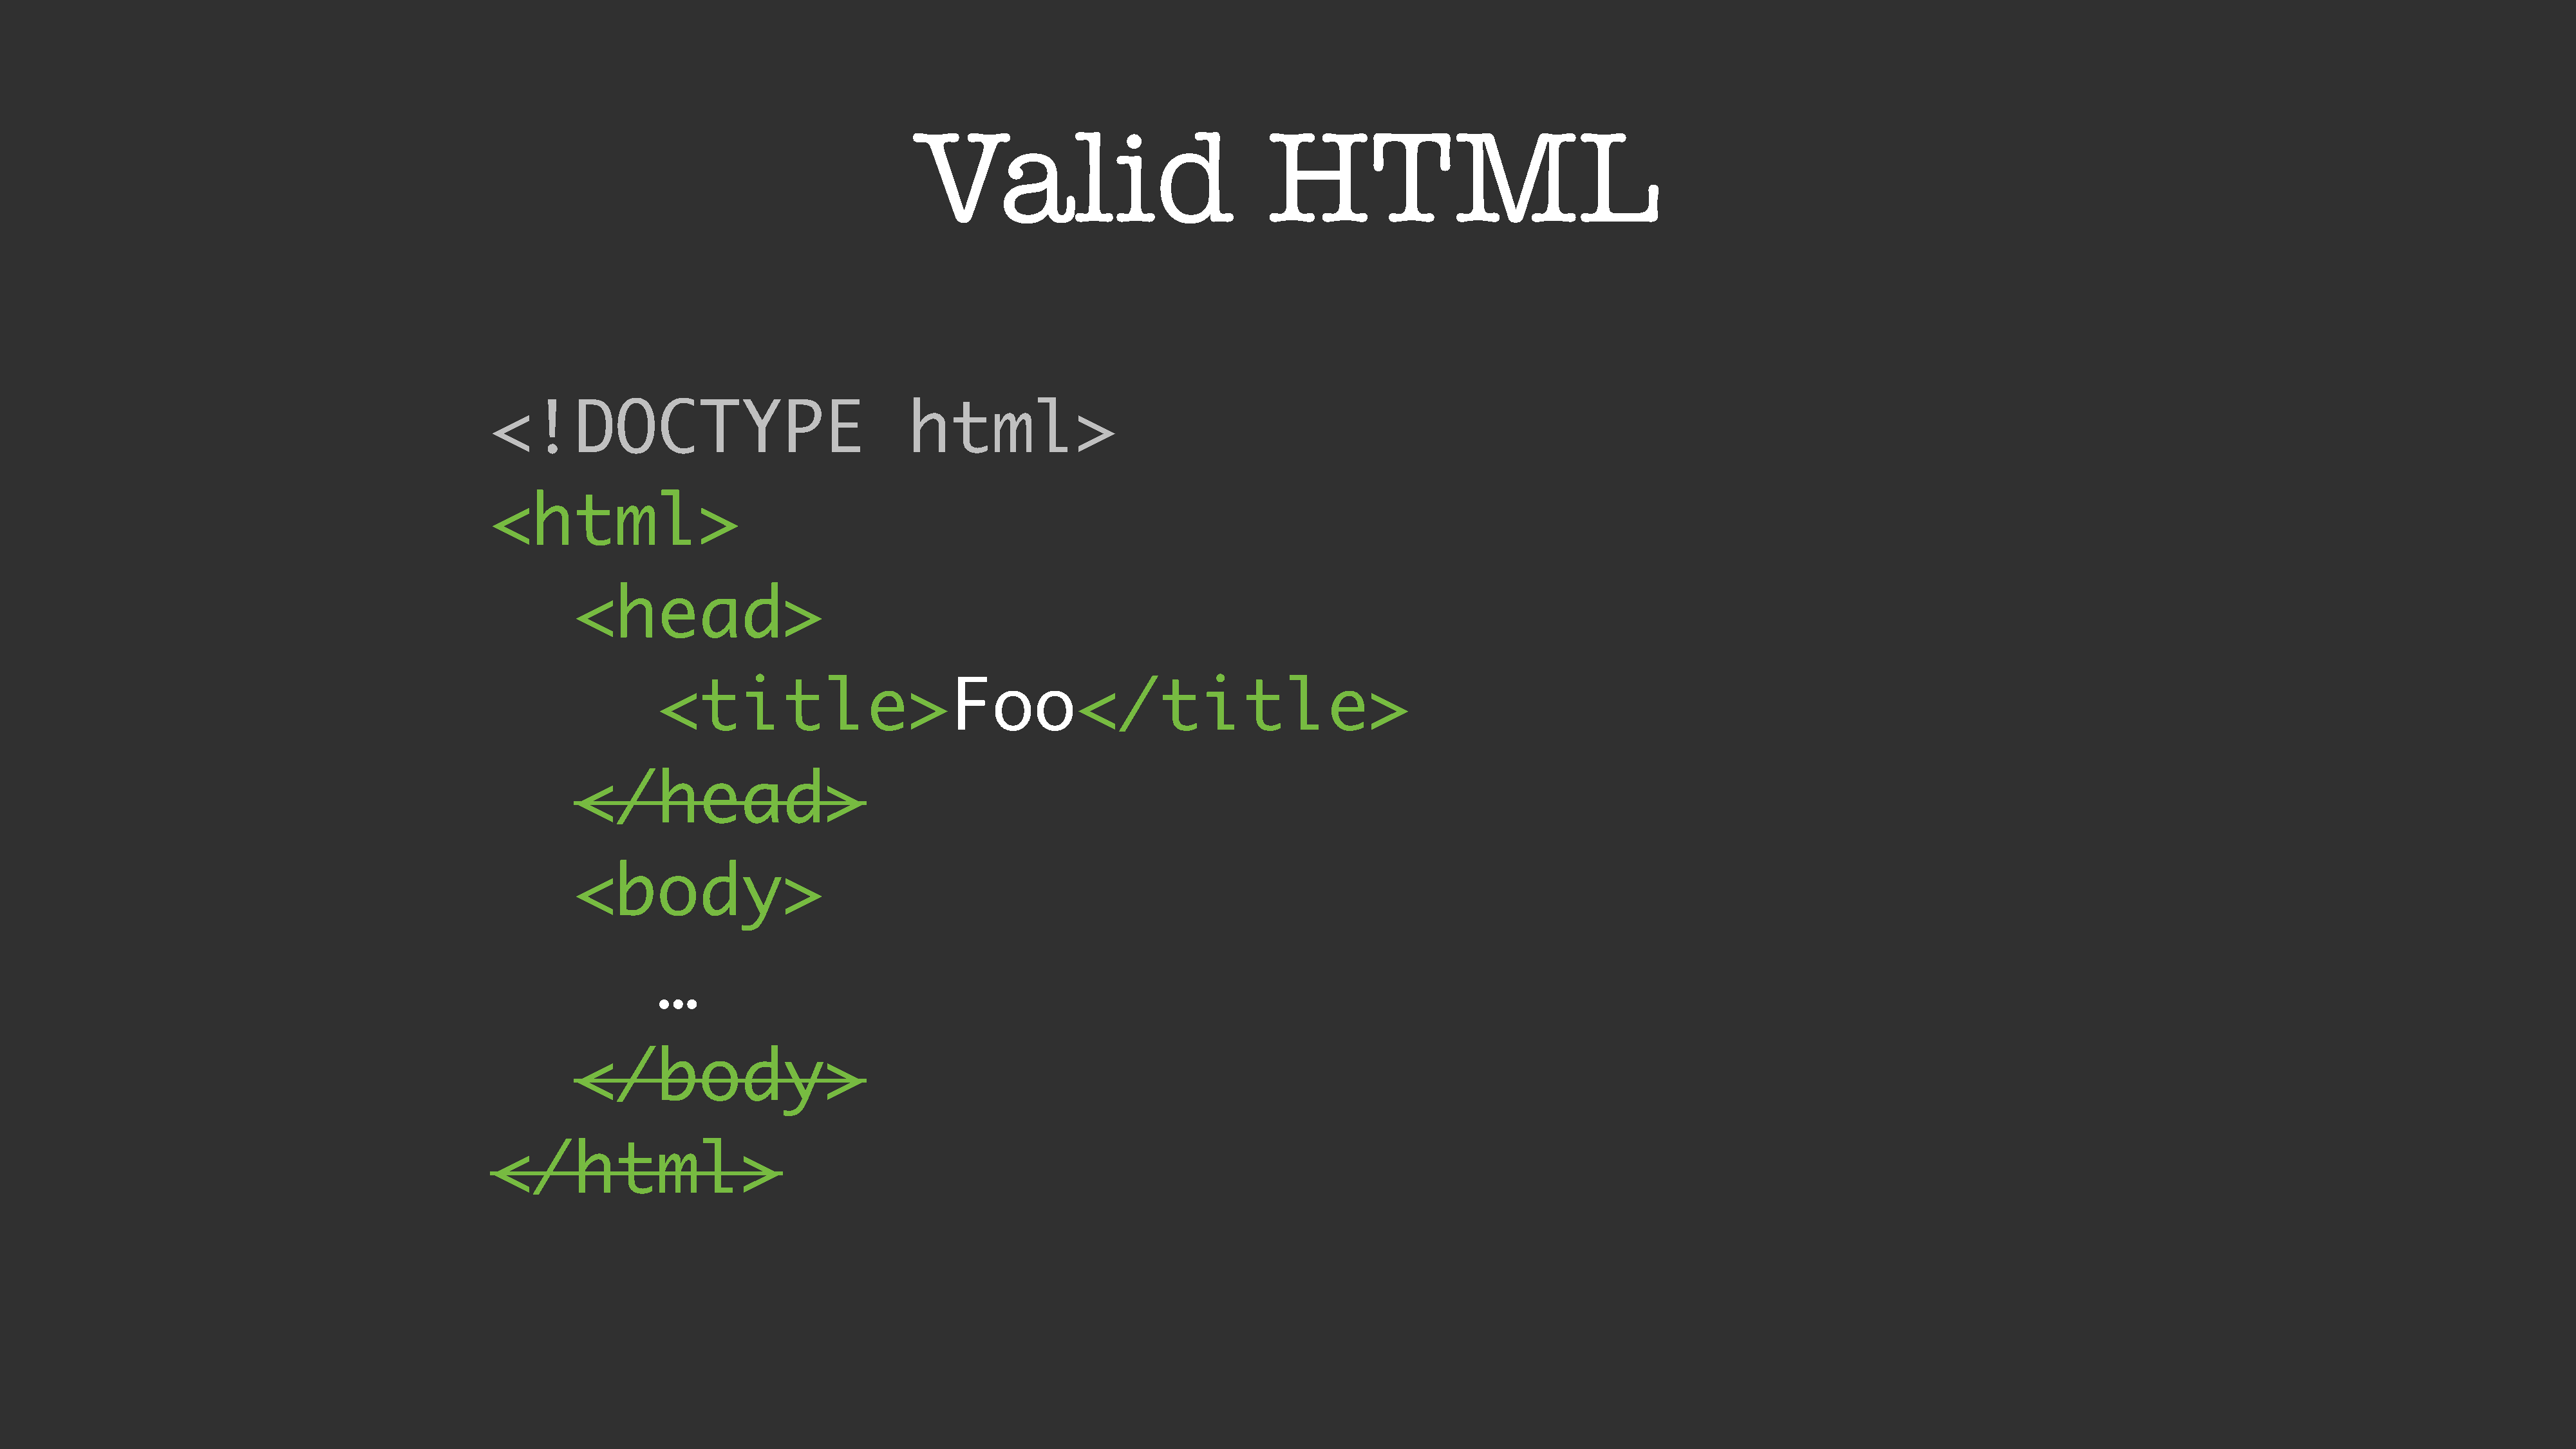
Valid                               HTML
 <!DOCTYPE                                  html>
 <html>
 <head>
 <title>Foo</title>
 </head>
 <body>
 …
 </body>
 </html>